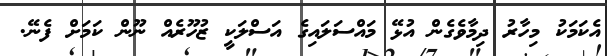
އެކަމަކު މިހާރު ދިމާވެގެން އުޅޭ މައްސަލައިގެ އަސްލަކީ ޒުހޫރެއް ނޫން ކަމަށް ފެނޭ.